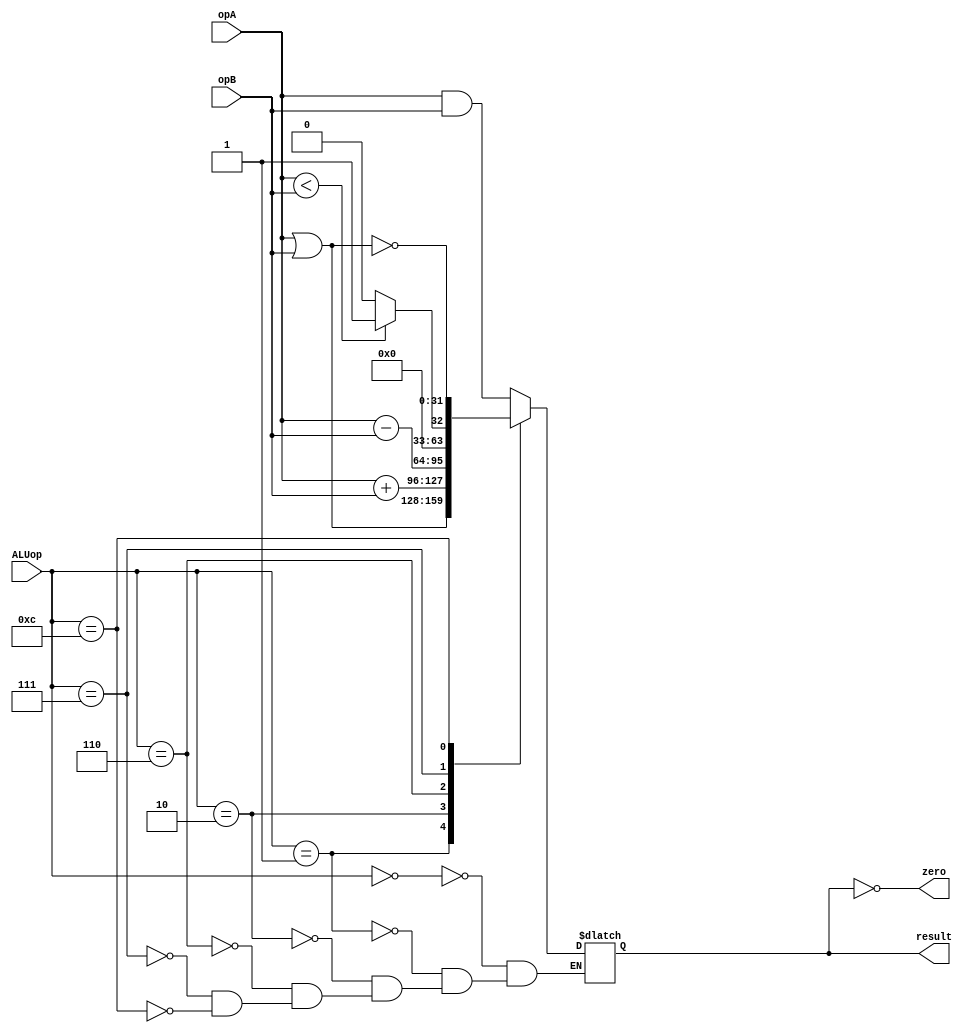
`ifndef __ALU_V__
`define __ALU_V__

module ALU (
	input wire [31:0] opA,
	input wire [31:0] opB,
	input wire [3:0] ALUop,
	output reg [31:0] result,
	output wire zero // 1 if result is 0
	);

	assign zero = (result == 0);

	always @ (ALUop or opA or opB)
	begin
		case(ALUop)
			4'b0000: result = opA & opB;
			4'b0001: result = opA | opB;
			4'b0010: result = opA + opB;
			4'b0110: result = opA - opB;
			4'b0111: result = opA < opB ? 1 : 0; // slt
			4'b1100: result = ~(opA | opB);
		endcase
	end

endmodule

`endif /*__ALU_V__*/